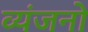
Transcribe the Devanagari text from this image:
व्‍यंजनो